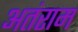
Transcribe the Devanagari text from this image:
अतंराम